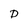
Character: D